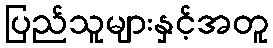
ပြည်သူများနှင့်အတူ